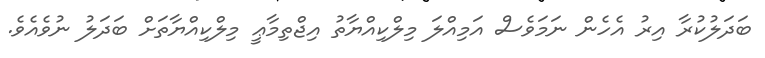
ބަދަލުކުރާ އިރު އެހެން ނަމަވެސް އަމިއްލަ މިލްކިއްޔާތު އިޖްތިމާޢީ މިލްކިއްޔާތަށް ބަދަލު ނުވެއެވެ.